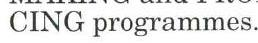
CING programmes.